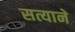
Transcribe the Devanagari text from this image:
सत्याने